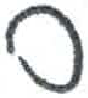
אות: ס